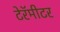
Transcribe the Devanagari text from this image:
टेरॅमीटर